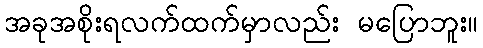
အခုအစိုးရလက်ထက်မှာလည်း မပြောဘူး။